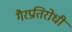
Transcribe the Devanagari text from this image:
गैरप्रतिरोधी